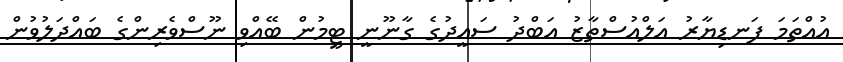
އުއްތަމަ ފަނޑިޔާރު އަލްއުސްތާޒު އަބްދު ސައީދުގެ ގާނޫނީ ޓީމުން ބޭއްވި ނޫސްވެރިންގެ ބައްދަލުވުން